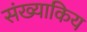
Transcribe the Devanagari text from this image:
संख्याकिय